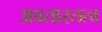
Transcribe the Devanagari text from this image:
अवतारतत्व